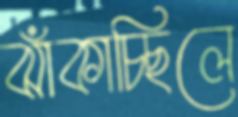
ঝাঁকাচ্ছিলে